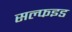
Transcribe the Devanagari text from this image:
सल्फइड